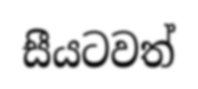
සීයටවත්